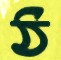
ঠ